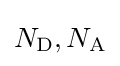
N_{\text{D}},N_{\text{A}}